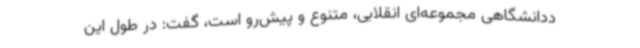
ددانشگاهی مجموعه‌ای انقلابی، متنوع و پیش‌رو است، گفت: در طول این